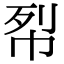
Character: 㡂